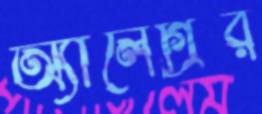
অ্যালেগ্রির